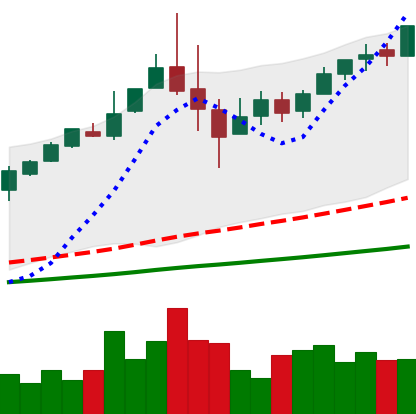
Ticker: BTC-USD
Chart end date: 2017-06-05
Forward return: 9.71%
Label: up_7plus